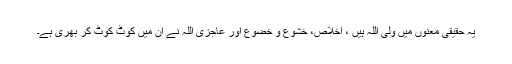
یہ حقیقی معنوں میں ولی اللہ ہیں ، اخلاص، خشوع و خضوع اور عاجزی اللہ نے ان میں کوٹ کوٹ کر بھری ہے۔